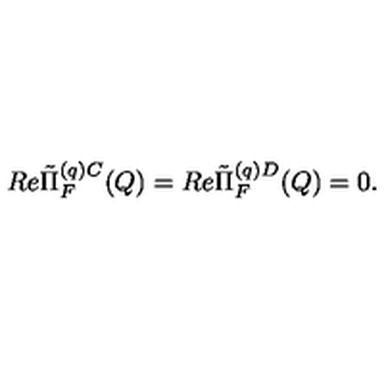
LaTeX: R e \tilde { \Pi } _ { F } ^ { ( q ) C } ( Q ) = R e \tilde { \Pi } _ { F } ^ { ( q ) D } ( Q ) = 0 .